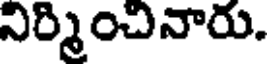
నిర్మించినారు.